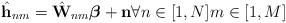
LaTeX: \begin{align*} \hat{\mathbf{h}}_{nm}=\hat{\mathbf{W}}_{nm}\boldsymbol{\beta}+\mathbf{n}\forall n\in [1,N]m\in[1,M]\end{align*}